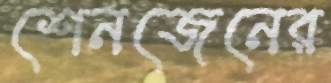
শেনজেনের